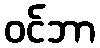
ဝင်ဘာ